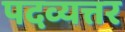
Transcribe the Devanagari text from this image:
पदव्यत्तर